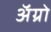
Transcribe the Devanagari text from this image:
अॅग्रो